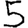
Digit: 5